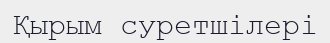
Қырым суретшілері